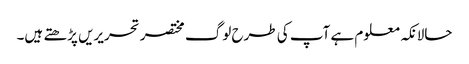
حالانکہ معلوم ہے آپ کی طرح لوگ مختصر تحریریں پڑھتے ہیں۔